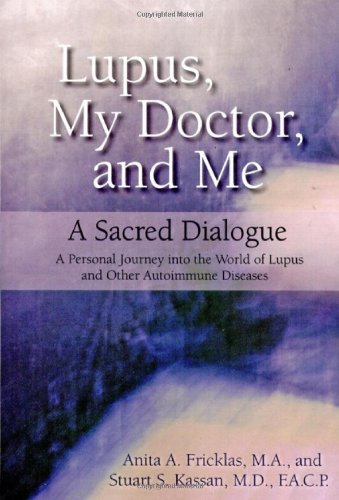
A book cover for Lupus, My Doctor and Me: A Sacred Dialogue; Anita A. Fricklas; Health, Fitness & Dieting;